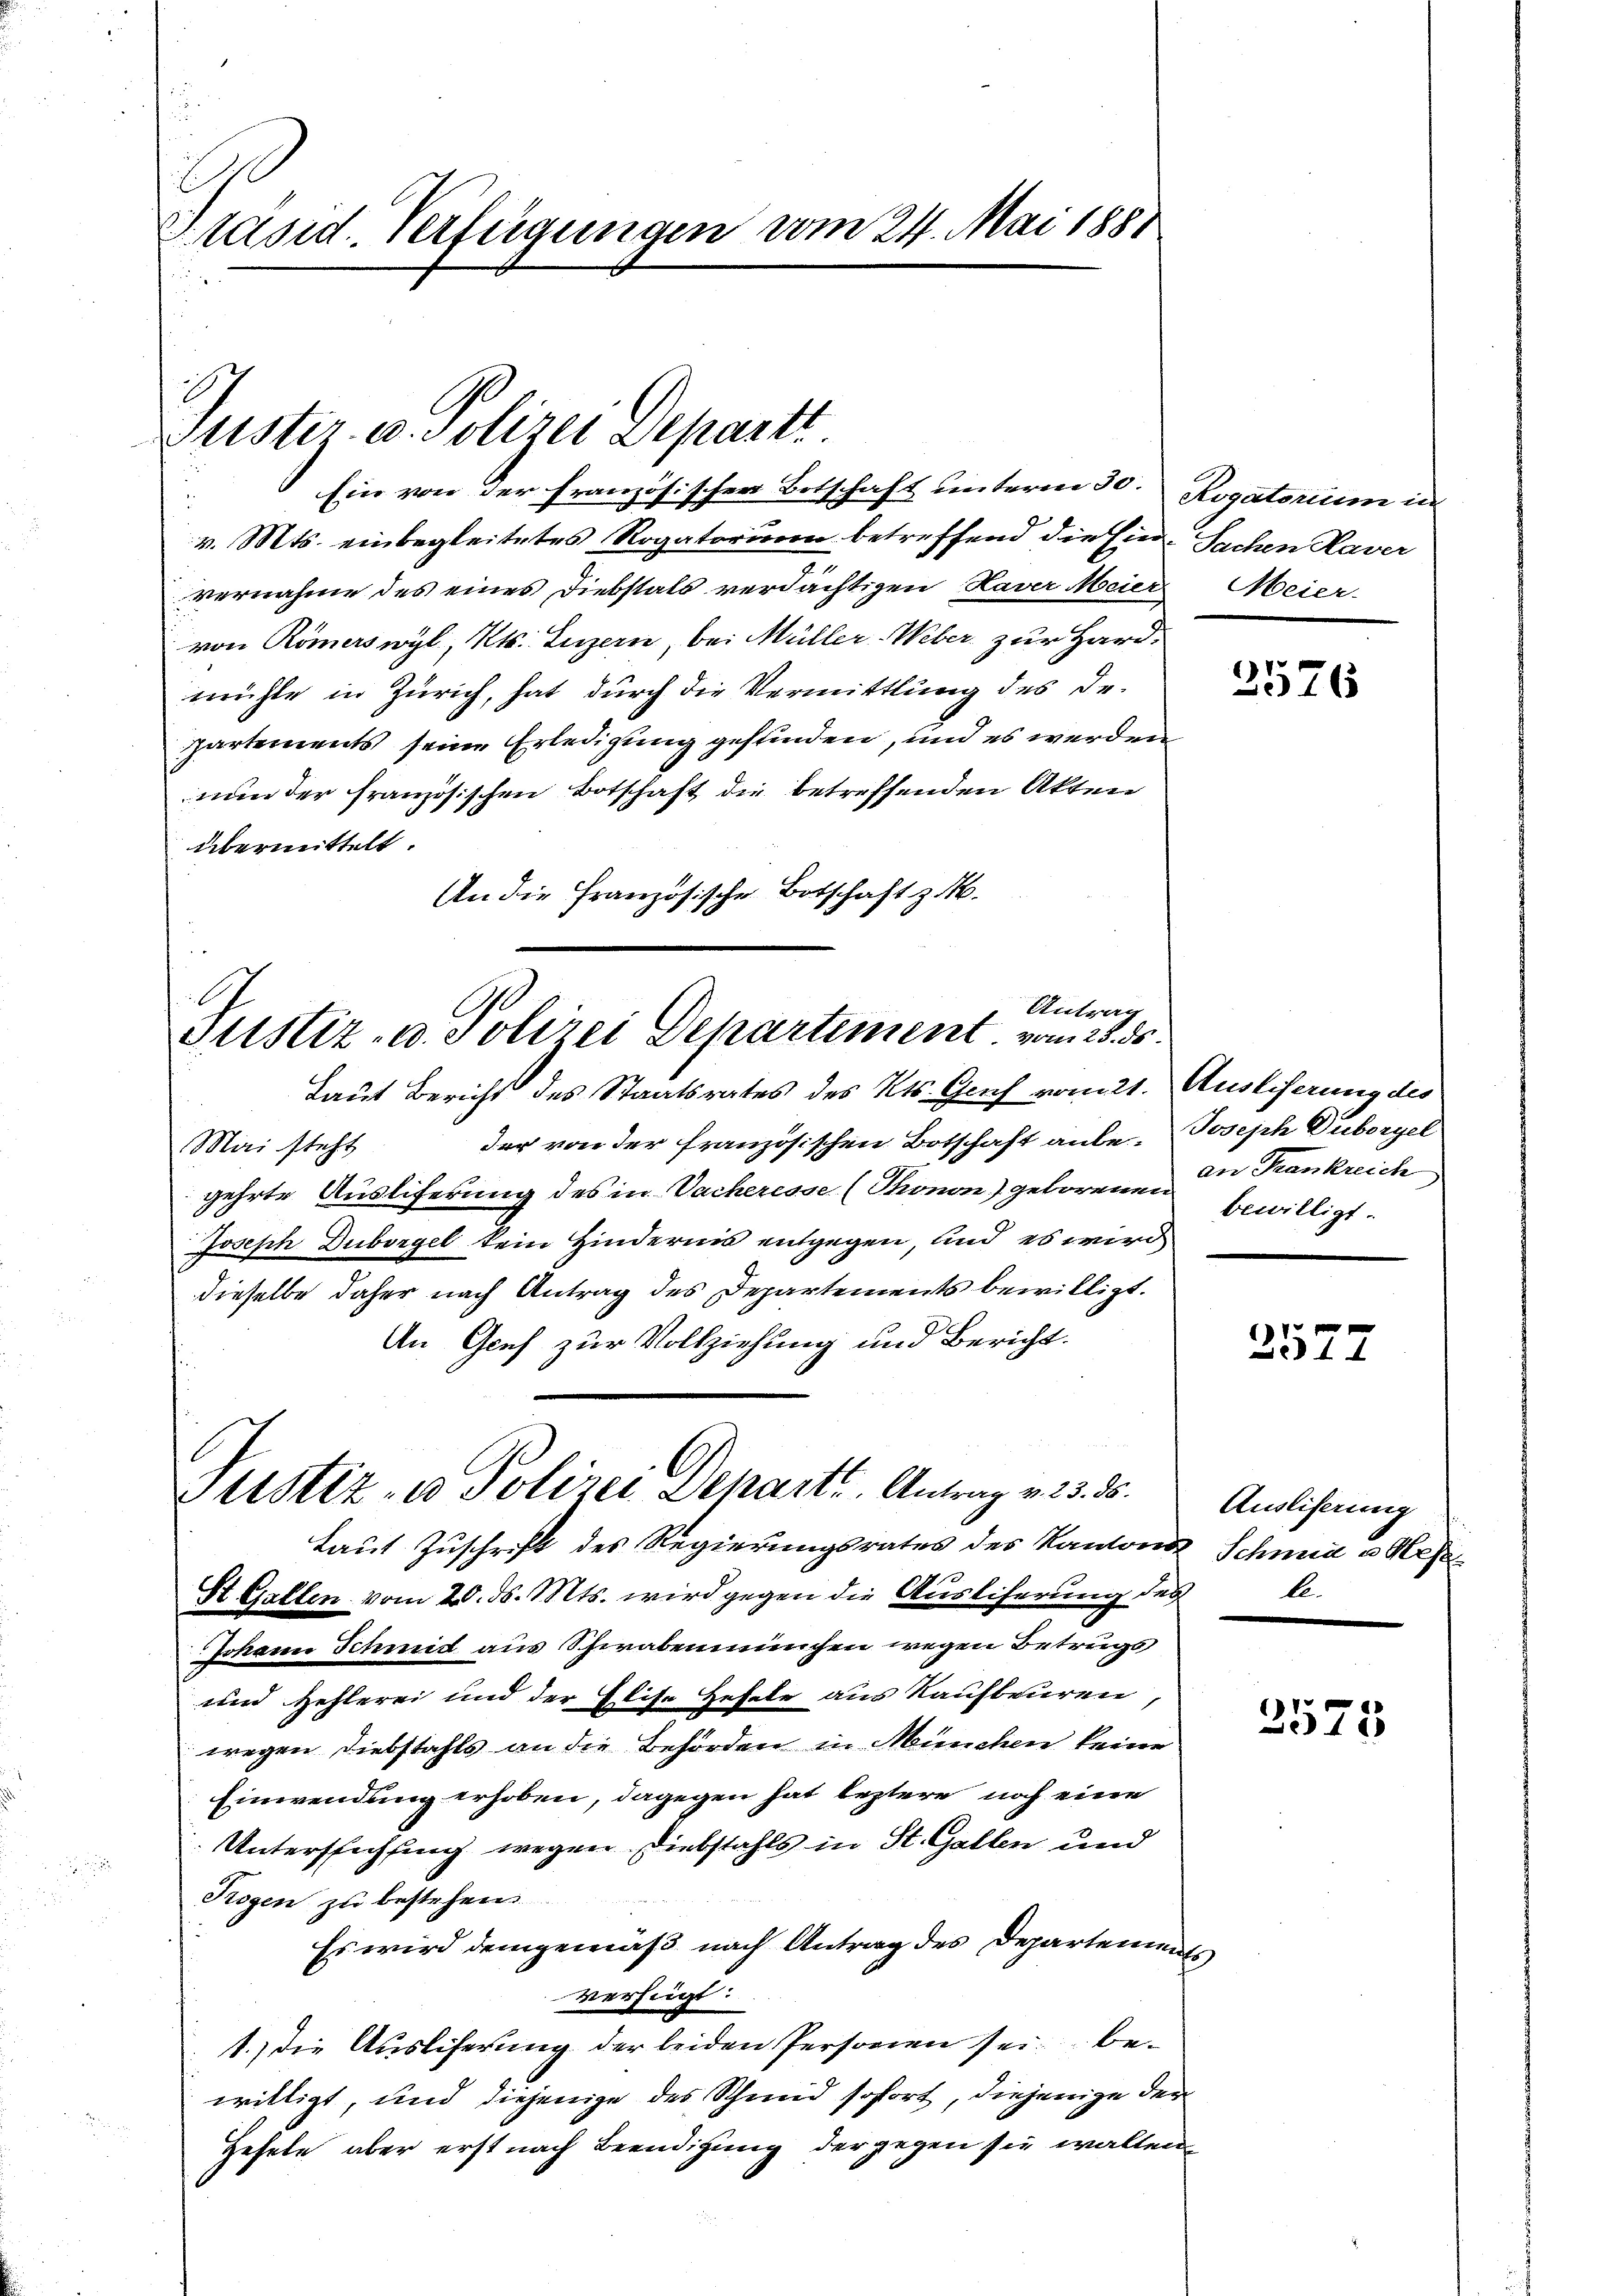
2
Präsid. Verfügungen vom 24. Mai 1888

Justiz u. Polizei Departi

Ein von der französischen Botschaft unterm 30. Rogatorium in
v. Mts. einbegleitetes Rogatorium betreffend die Ein- Sachen Haver
vernahme des eines Diebstals verdächtigen Haver Meier Meier-
von Römerswyl, Kts. Luzern bei Müller-Weber zur Hardmühle in Zürich, hat durch die Vermittlung des Departements seine Erledigung gefunden, und es werden
nun der französischen Botschaft die betreffenden Akten
übermittelt.
An die Französische Botschaft z.

Antrag
Justiz- u. Polizei Departement vom 25. ds.

Laut Bericht des Staatsrates des Kts. Geich vom 21. Ausliserung des
der von der französischen Botschaft anbe- Joseph Duborgel
Mai steht
gehrte Ausliferung des in Sacheresse (Thronon) geborenen
Joseph Dubergel kein Hinderin entgegen, und es wird
dieselbe daher nach Antrag des Departements bewilligt.
An Graf zur Vollziehung und Bericht.
Laut Zuschrift des Regierungsrates des Kantons Schmid u. Meh
St. Gallen vom 20. ds. Mts. wird gegen die Auslieferung des
Johann Schmitt aus Schwabenmünchen wegen Betrugs
und Hehlerei und der Elise Hefele aus Kaufbeuren
wegen Diebstahls an die Behörden in München keine
Einwendung erhoben, dagegen hat leztere noch eine
Untersichtung wegen Diebstahls in St. Gallen und
Rogen zu bestehen
Es wird demgemäß nach Antrag des Departements
verfügt:
1.) Die Ausliferung der beiden Personen sei bewilligt, und diejenige des Schmid sofort, diejenige der
Hehele aber erst nach Beendigung der gegen sie walten

Justiz- u Polizei Departi. Antrag v. 23. ds. Andlichnung

2576

an Frankreich
bewilligt.

2577

le.

2575